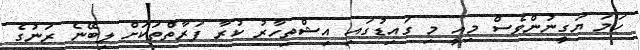
ހަމަ ޔަގީނުންވެސް މިއީ މި ގައިޑުގައި އިޝްތިހާރު ކުރާ ފަރާތްތަކަށް ލިބޭނެ ރަނުގެ